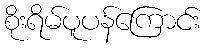
စိုးရိမ်ပူပန်ကြောင်း